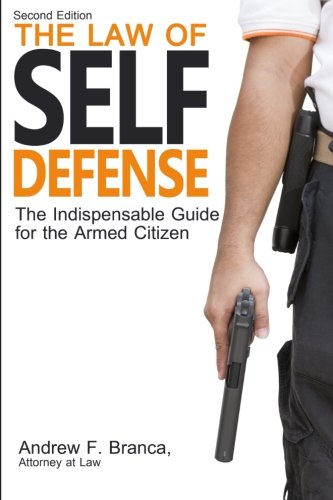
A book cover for The Law of Self Defense: The Indispensable Guide to the Armed Citizen, 2nd Edition; Andrew F. Branca; Law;